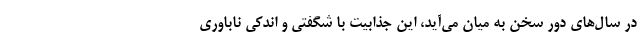
در سال‌های دور سخن به میان می‌آید، این جذابیت با شگفتی و اندکی ناباوری